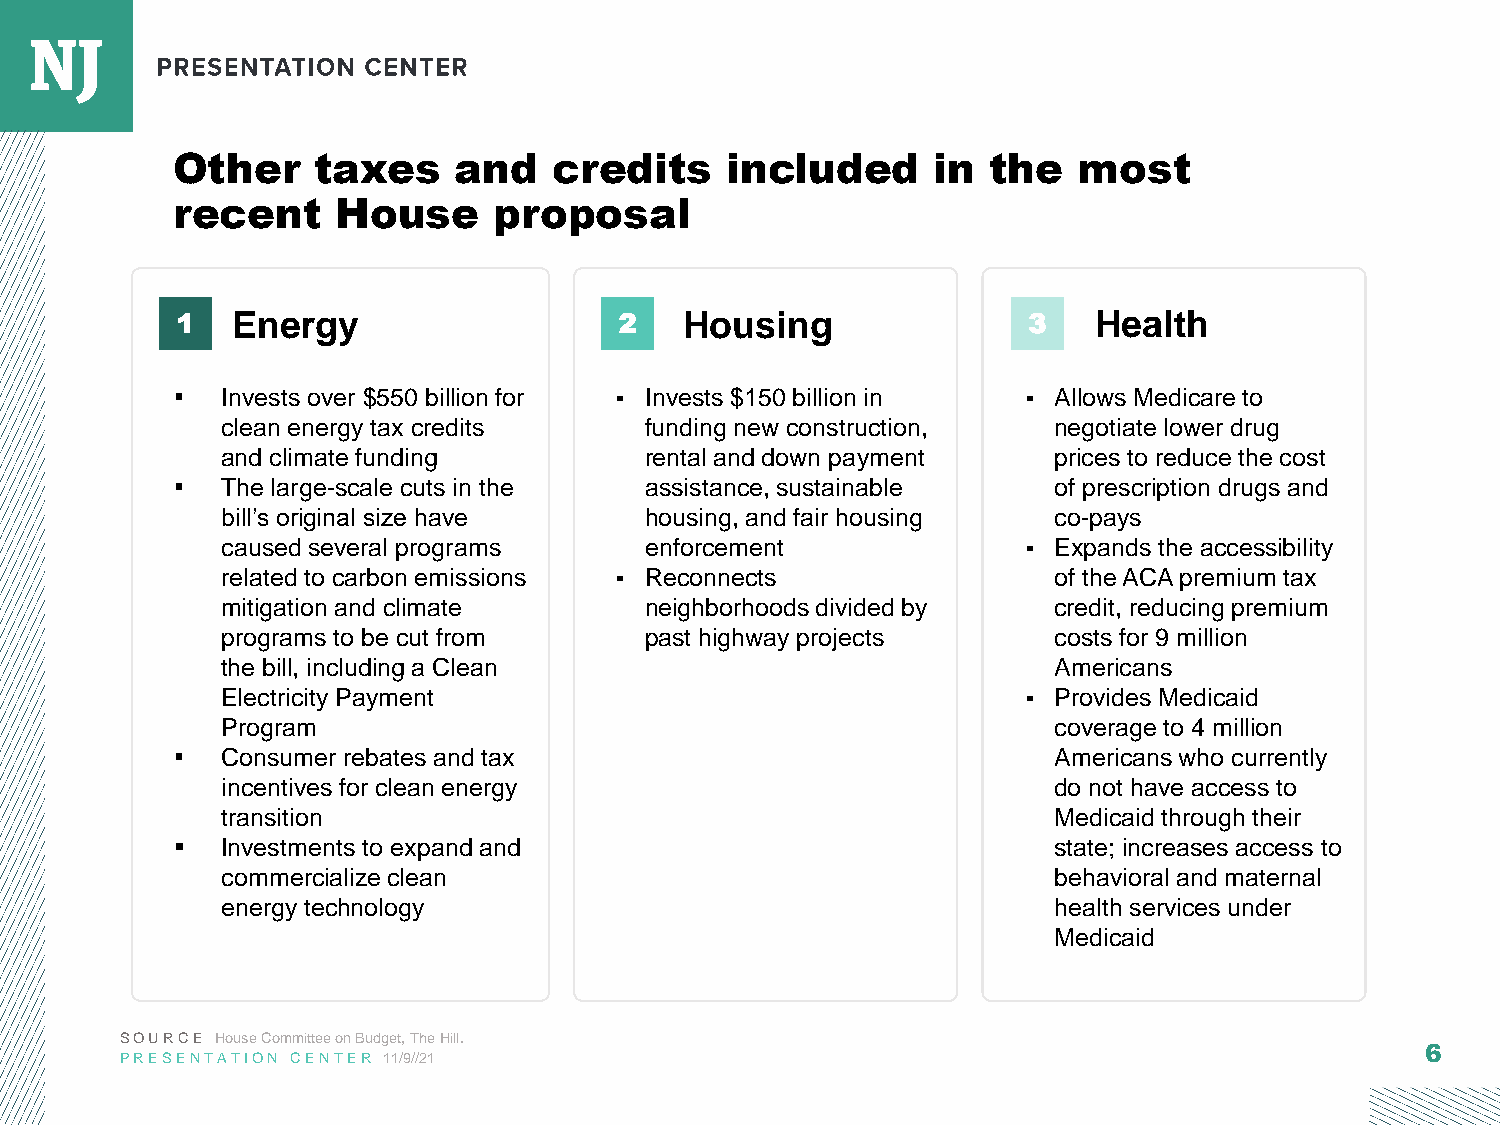
Other     taxes    and    credits    included      in  the  most
 recent     House      proposal
 1  Energy                    2   Housing                3   Health
 ▪  Invests over $550 billion for ▪ Invests $150 billion in ▪ Allows Medicare to
 clean energy tax credits    funding new construction,  negotiate lower drug
 and climate funding         rental and down payment    prices to reduce the cost
 ▪  The large-scale cuts in the assistance, sustainable    of prescription drugs and
 bill’s original size have   housing, and fair housing  co-pays
 caused several programs     enforcement              ▪ Expands the accessibility
 related to carbon emissions ▪ Reconnects               of the ACA premium tax
 mitigation and climate      neighborhoods divided by   credit, reducing premium
 programs to be cut from     past highway projects      costs for 9 million
 the bill, including a Clean                            Americans
 Electricity Payment                                  ▪ Provides Medicaid
 Program                                                coverage to 4 million
 ▪  Consumer rebates and tax                               Americans who currently
 incentives for clean energy                            do not have access to
 transition                                             Medicaid through their
 ▪  Investments to expand and                              state; increases access to
 commercialize clean                                    behavioral and maternal
 energy technology                                      health services under
 Medicaid
 SOURCE House Committee on Budget, The Hill.
 6
 PRESENTATION CENTER 11/9//21